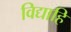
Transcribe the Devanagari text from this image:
विद्याहि